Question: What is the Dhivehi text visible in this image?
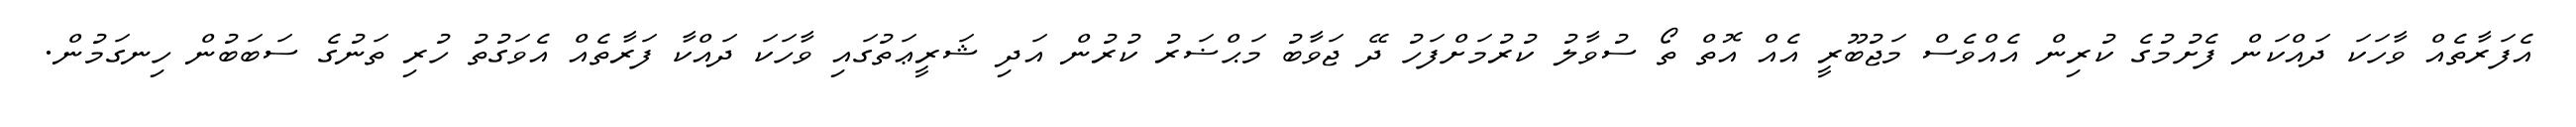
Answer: އެފަރާތެއް ވާހަކަ ދައްކަން ފެށުމުގެ ކުރިން އެއްވެސް މަޖުބޫރީ އެއް އޮތް ތޯ ސުވާލު ކުރުމަށްފަހު ދޭ ޖަވާބު މަޙްޟަރު ކުރުން އަދި ޝަރީޢަތުގައި ވާހަކަ ދައްކާ ފަރާތެއް އެވަގުތު ހުރި ތަނުގެ ސަބަބުން ހިނގަމުން.